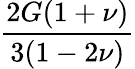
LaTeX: \frac{2G(1+\nu)}{3(1-2\nu)}